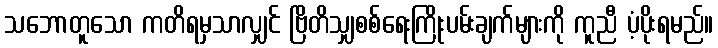
သဘောတူသော ကတိရမှသာလျှင် ဗြိတိသျှစစ်ရေးကြိုးပမ်းချက်များကို ကူညီ ပံ့ပိုးရမည်။